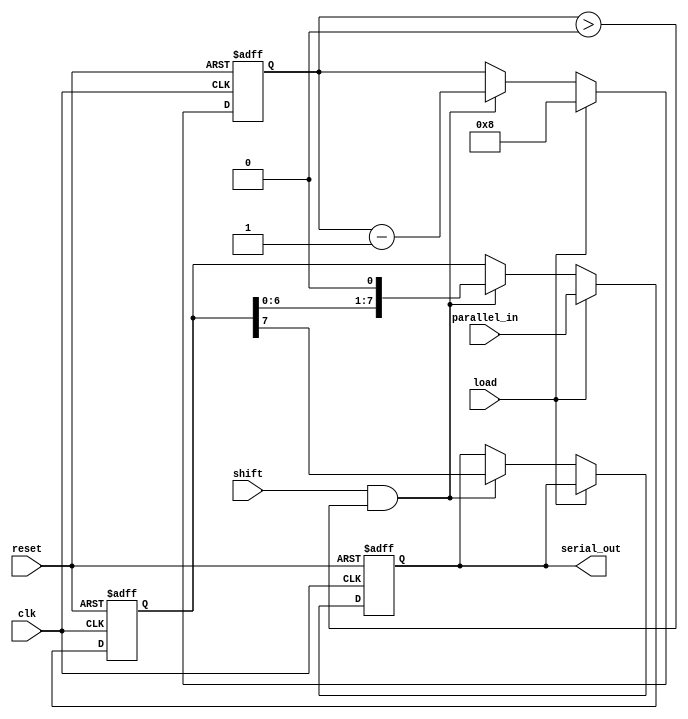
module PISO_Register #(
    parameter WIDTH = 8  // Configurable width of the parallel input
)(
    input wire clk,            // Clock signal
    input wire reset,          // Reset signal
    input wire load,           // Load control signal
    input wire shift,          // Shift control signal
    input wire [WIDTH-1:0] parallel_in, // Parallel input data bus
    output reg serial_out      // Serial output
);

    reg [WIDTH-1:0] shift_reg; // Shift register to hold the data
    reg [3:0] bit_count;        // Counter to keep track of bits shifted out

    always @(posedge clk or posedge reset) begin
        if (reset) begin
            // Reset the shift register and bit counter
            shift_reg <= 0;
            bit_count <= 0;
            serial_out <= 0;
        end else if (load) begin
            // Load the parallel data into the shift register
            shift_reg <= parallel_in;
            bit_count <= WIDTH; // Initialize bit count to the width of the data
        end else if (shift && bit_count > 0) begin
            // Shift the data out serially
            serial_out <= shift_reg[WIDTH-1]; // Output the MSB
            shift_reg <= {shift_reg[WIDTH-2:0], 1'b0}; // Shift left
            bit_count <= bit_count - 1; // Decrement the bit count
        end
    end

endmodule